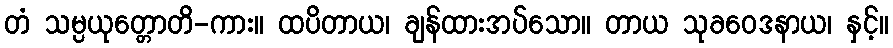
တံ သမ္ပယုတ္တောတိ-ကား။ ထပိတာယ၊ ချန်ထားအပ်သော။ တာယ သုခဝေဒနာယ၊ နှင့်။